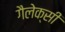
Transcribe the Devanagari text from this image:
गैलेक्‍सी